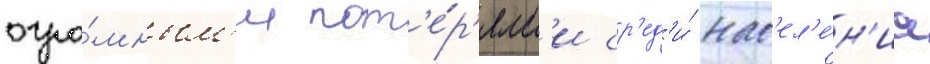
огро́мным'и пот'е́р'ям'и ср'ед'и́ нас'ел'е́н'иа